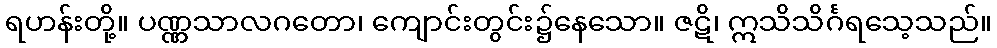
ရဟန်းတို့။ ပဏ္ဏသာလဂတော၊ ကျောင်းတွင်း၌နေသော။ ဇဋိ၊ ဣသိသိင်္ဂရသေ့သည်။